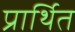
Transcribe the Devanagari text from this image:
प्रार्थित